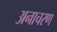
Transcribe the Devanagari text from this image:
अनाचरण